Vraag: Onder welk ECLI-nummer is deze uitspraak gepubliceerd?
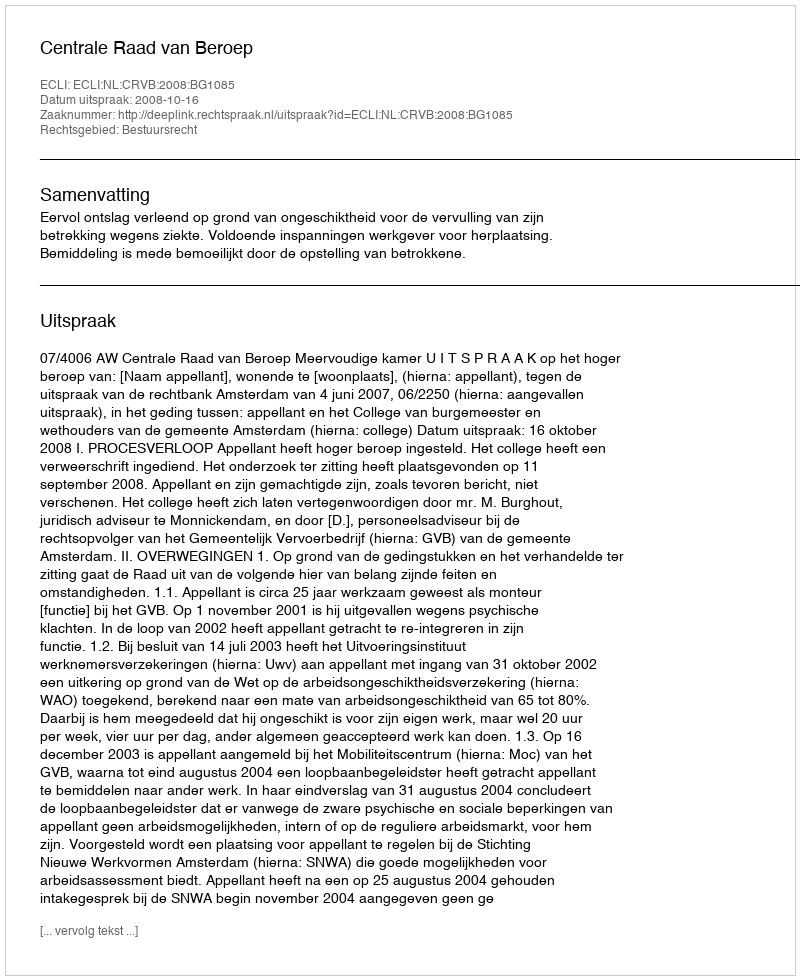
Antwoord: ECLI:NL:CRVB:2008:BG1085